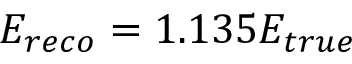
E _ { r e c o } = 1 . 1 3 5 E _ { t r u e }